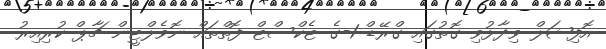
އޮފިޝަލް ވިދާޅުވި ގޮތުގައި ގްރޭޑް 1-ގެ ޓެކްސްޓް ފޮތްތައް ނޮވެލްޓީން ޗާޕް ކުރިއިރު